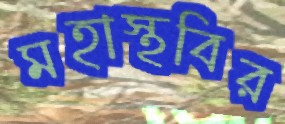
মহাস্থবির